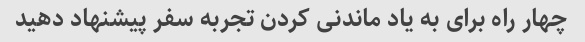
چهار راه برای به یاد ماندنی کردن تجربه سفر پیشنهاد دهید